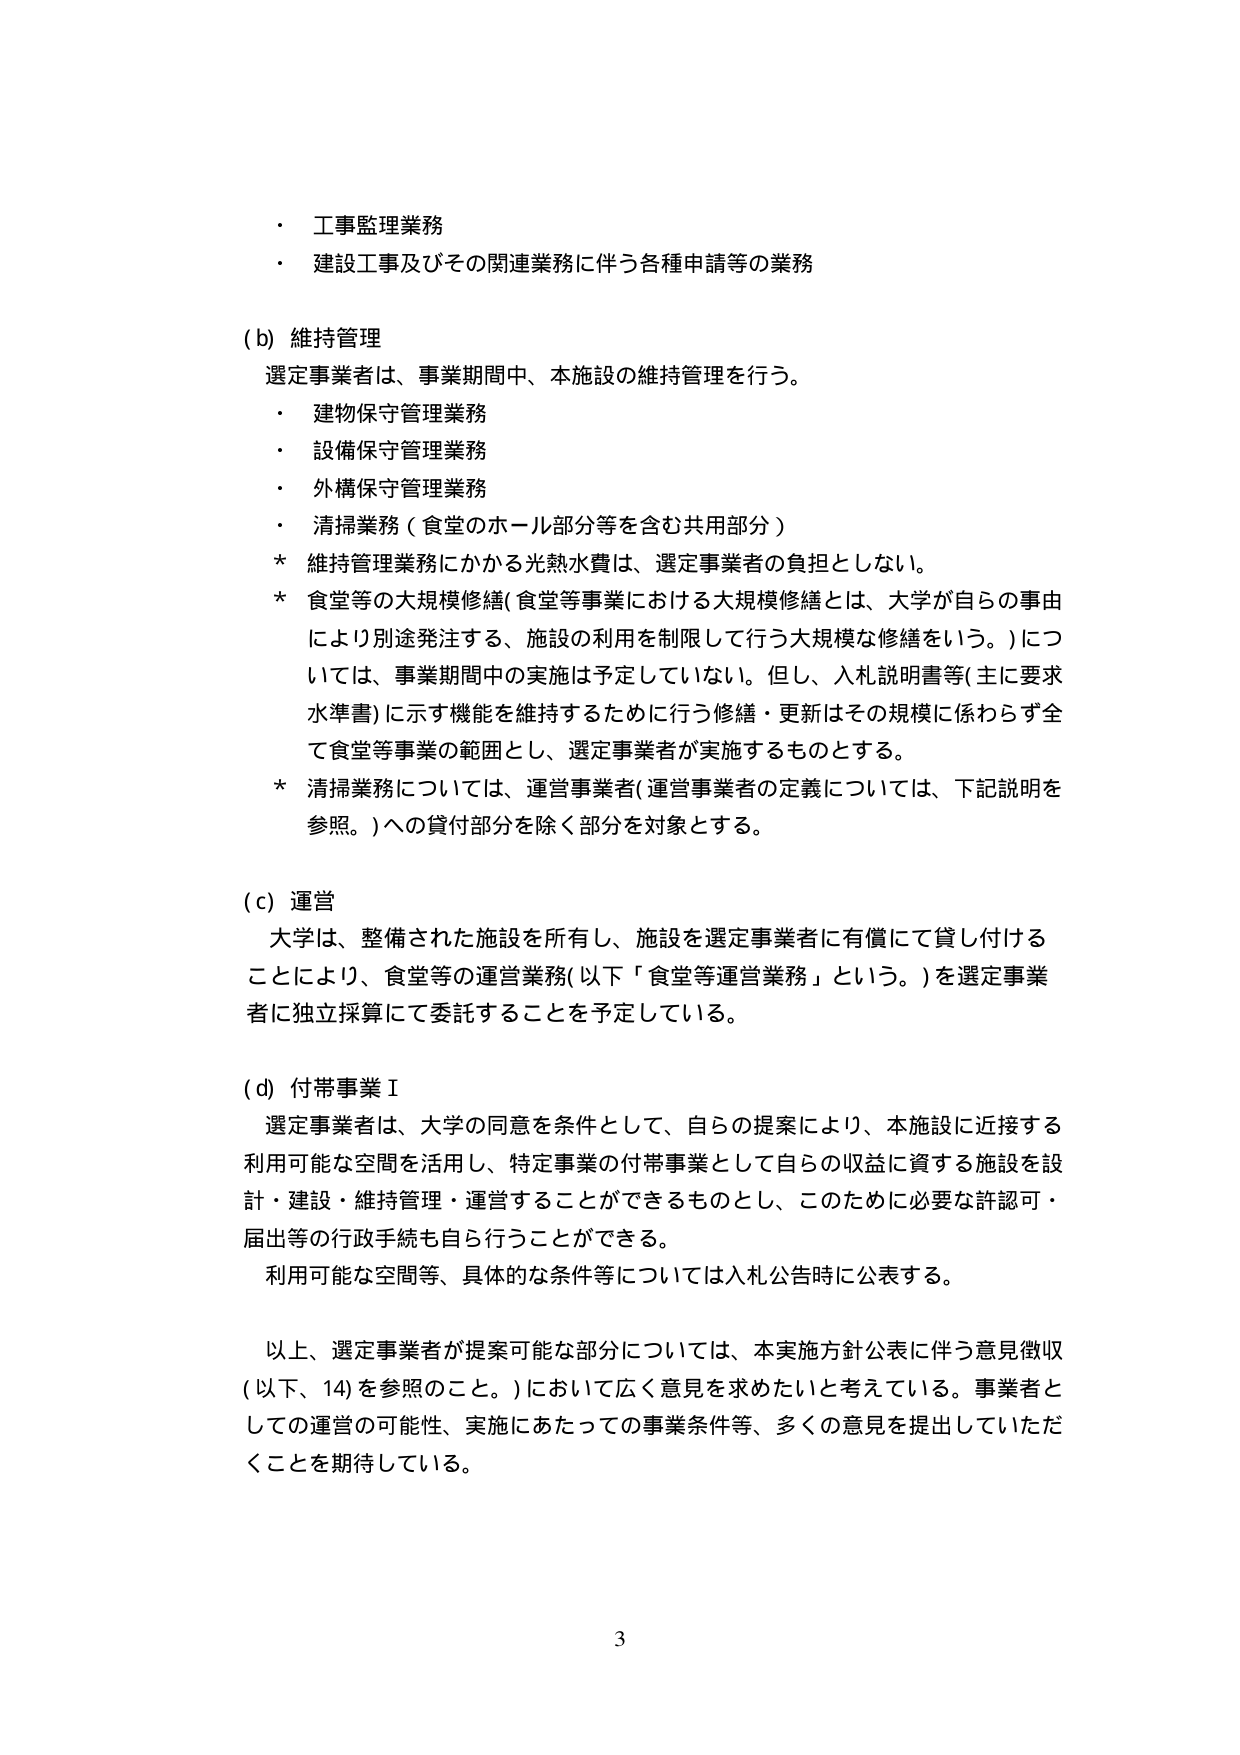
・工事監理業務
・建設工事及びその関連業務に伴う各種申請等の業務

(b) 維持管理
選定事業者は、事業期間中、本施設の維持管理を行う。
・建物保守管理業務
・設備保守管理業務
・外構保守管理業務
・清掃業務（食堂のホール部分等を含む共用部分）
* 維持管理業務にかかる光熱水費は、選定事業者の負担としない。
* 食堂等の大規模修繕（食堂等事業における大規模修繕とは、大学が自らの事由により別途発注する、施設の利用を制限して行う大規模な修繕をいう。）については、事業期間中の実施は予定していない。但し、入札説明書等（主に要求水準書）に示す機能を維持するために行う修繕・更新はその規模に係わらず全て食堂等事業の範囲とし、選定事業者が実施するものとする。
* 清掃業務については、運営事業者（運営事業者の定義については、下記説明を参照。）への貸付部分を除く部分を対象とする。

(c) 運営
大学は、整備された施設を所有し、施設を選定事業者に有償にて貸し付けることにより、食堂等の運営業務（以下「食堂等運営業務」という。）を選定事業者に独立採算にて委託することを予定している。

(d) 付帯事業Ⅰ
選定事業者は、大学の同意を条件として、自らの提案により、本施設に近接する利用可能な空間を活用し、特定事業の付帯事業として自らの収益に資する施設を設計・建設・維持管理・運営することができるものとし、このために必要な許認可・届出等の行政手続も自ら行うことができる。
利用可能な空間等、具体的な条件等については入札公告時に公表する。

以上、選定事業者が提案可能な部分については、本実施方針公表に伴う意見徴収（以下、14）を参照のこと。）において広く意見を求めたいと考えている。事業者としての運営の可能性、実施にあたっての事業条件等、多くの意見を提出していただくことを期待している。

3